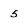
Character: 5